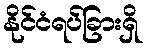
နိုင်ငံရပ်ခြားရှိ